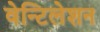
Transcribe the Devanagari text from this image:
वेन्टिलेशन